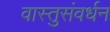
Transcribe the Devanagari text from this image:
वास्तुसंवर्धन